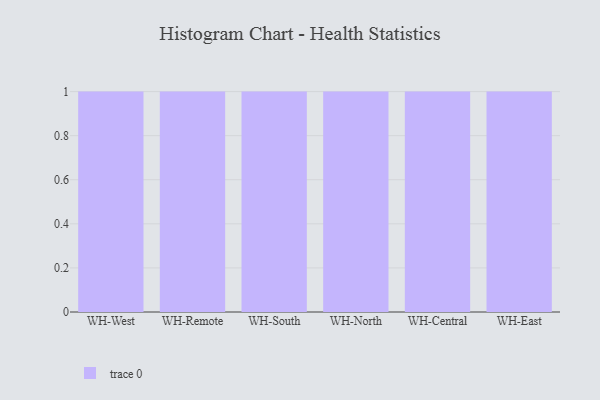
{"axis": {"x": "Warehouse", "y": "Humidity (%)"}, "legend": [""], "data": [{"x": "WH-West", "y": 57, "type": ""}, {"x": "WH-Remote", "y": 26, "type": ""}, {"x": "WH-South", "y": 70, "type": ""}, {"x": "WH-North", "y": 25, "type": ""}, {"x": "WH-Central", "y": 64, "type": ""}, {"x": "WH-East", "y": 4, "type": ""}]}